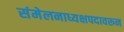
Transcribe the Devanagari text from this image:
संमेलनाध्यक्षपदावरून